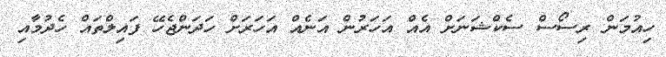
ހިއުމަން ރިސޯސް ސެކްޝަނަށް އެއް އަހަރުން އަނެއް އަހަރަށް ހަދަންޖެހޭ ފައިލްތައް ހެދުމާއި